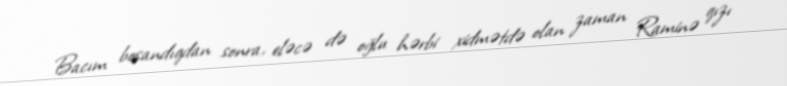
Bacım boşandıqdan sonra, eləcə də oğlu hərbi xidmətdə olan zaman Raminə qızı